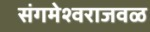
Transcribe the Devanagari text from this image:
संगमेश्वराजवळ